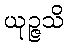
ယုဉ္ဇသိ